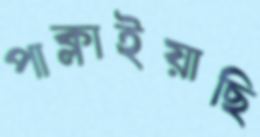
পাক্‌লাইয়াছি